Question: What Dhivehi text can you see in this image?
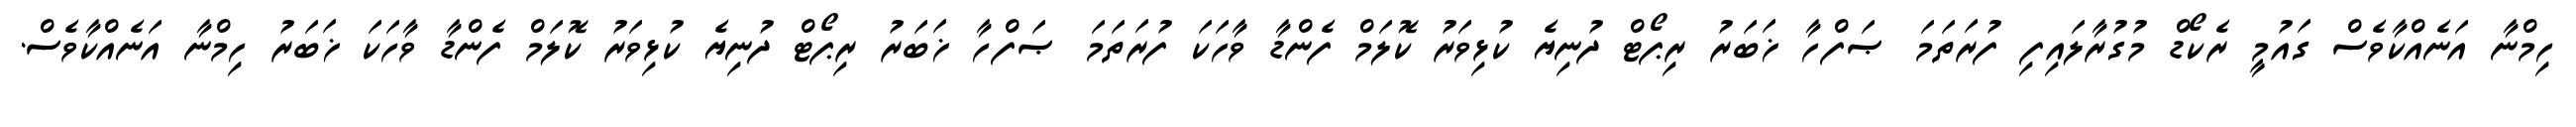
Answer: ހިމްނާ އަނެއްކާވެސް ގައުމީ ރެކޯޑް މުގުރާލައިފި ފުރަތަމަ ޞަފްހާ ޚަބަރު ރިޕޯޓް ދުނިޔެ ކުޅިވަރު ކޮލަމް ފެންޑާ ވާހަކަ ފުރަތަމަ ޞަފްހާ ޚަބަރު ރިޕޯޓް ދުނިޔެ ކުޅިވަރު ކޮލަމް ފެންޑާ ވާހަކަ ޚަބަރު ހިމްނާ އަނެއްކާވެސް.